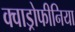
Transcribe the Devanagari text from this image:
क्वाड्रोफीनिया